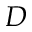
D